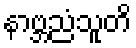
နာဗ္ဘညံသူတိ